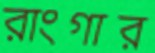
রাংগার